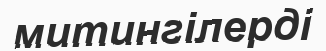
митингілерді